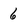
Character: 6